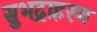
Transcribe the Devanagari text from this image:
सुभद्राहरण